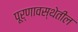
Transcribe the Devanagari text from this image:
पूर्णावस्थेतील